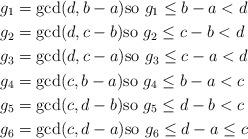
LaTeX: \begin{align*}g_1 & = \gcd(d,b-a) \mbox{so $g_1 \le b-a < d$} \\g_2 & = \gcd(d,c-b) \mbox{so $g_2 \le c-b < d$} \\g_3 & = \gcd(d,c-a) \mbox{so $g_3 \le c-a < d$} \\g_4 & = \gcd(c,b-a) \mbox{so $g_4 \le b-a < c$} \\g_5 & = \gcd(c,d-b) \mbox{so $g_5 \le d-b < c$} \\g_6 & = \gcd(c,d-a) \mbox{so $g_6 \le d-a \le c$} \\\end{align*}